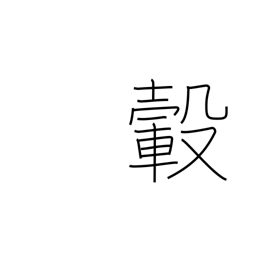
Meaning: hub (of wheel)